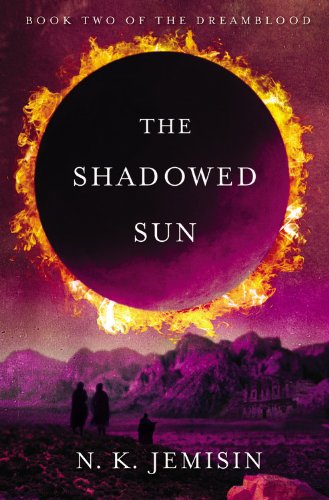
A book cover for The Shadowed Sun (Dreamblood); N. K. Jemisin; Romance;